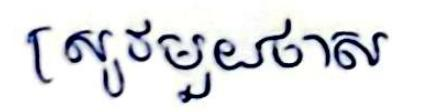
ស្រូវមួយថាស